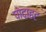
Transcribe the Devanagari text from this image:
पोदाहट